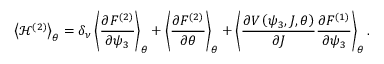
\left< { \mathcal { H } ^ { \left( 2 \right) } } \right> _ { \theta } = \delta _ { \nu } \left< { \frac { \partial F ^ { ( 2 ) } } { \partial \psi _ { 3 } } } \right> _ { \theta } + \left< { \frac { \partial F ^ { ( 2 ) } } { \partial \theta } } \right> _ { \theta } + \left< { \frac { \partial V \left( \psi _ { 3 } , J , \theta \right) } { \partial J } \frac { \partial F ^ { ( 1 ) } } { \partial \psi _ { 3 } } } \right> _ { \theta } .